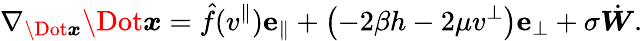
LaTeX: \nabla_{\Dot{\boldsymbol x}}\Dot{\boldsymbol x}=\hat{f}(v^{\| })\mathbf{e}_{\| }+\left(-2\beta h-2\mu v^{\perp}\right)\mathbf{e}_{\perp}+\sigma\dot{\boldsymbol{W}}.